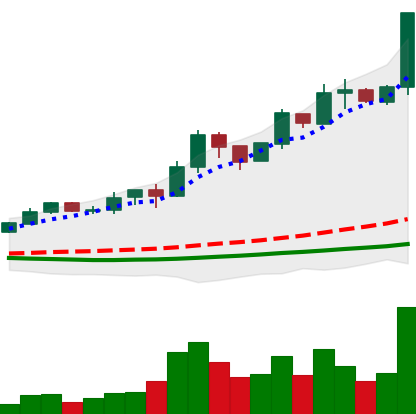
Ticker: ADA-USD
Chart end date: 2019-04-02
Forward return: 5.87%
Label: up_5_7